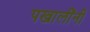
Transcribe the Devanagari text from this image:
पखालींनी